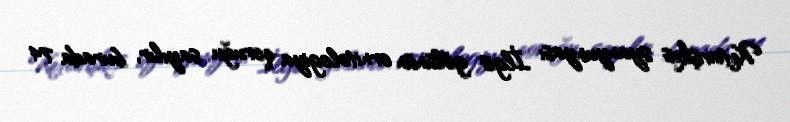
Ketavişkes syanyunyası İlgis gölünün ornitologiya qoruğu sayılır, burada 74